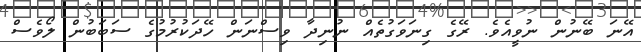
އޭނަ ބޭނުން ނުވީއެވެ. ރޭގެ ގިނަވަގުތެއް ނުނިދާ ވިސްނަން ހޭދަކުރުމުގެ ސަބަބުން ލޯވެސް